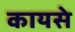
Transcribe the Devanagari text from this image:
कायसे